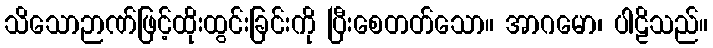
သိသောဉာဏ်ဖြင့်ထိုးထွင်းခြင်းကို ပြီးစေတတ်သော။ အာဂမော၊ ပါဠိသည်။